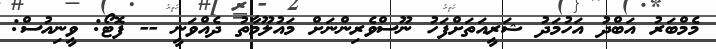
މެމްބަރު އަބްދު އަހުމަދު ޝަރީއަތަށްފަހު ނޫސްވެރިންނަށް މައުލޫމާތު ދެއްވަނީ -- ފޮޓޯ: ވީނިއުސް: